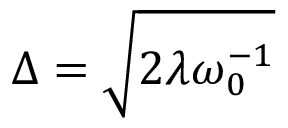
\Delta = \sqrt { 2 \lambda \omega _ { 0 } ^ { - 1 } }